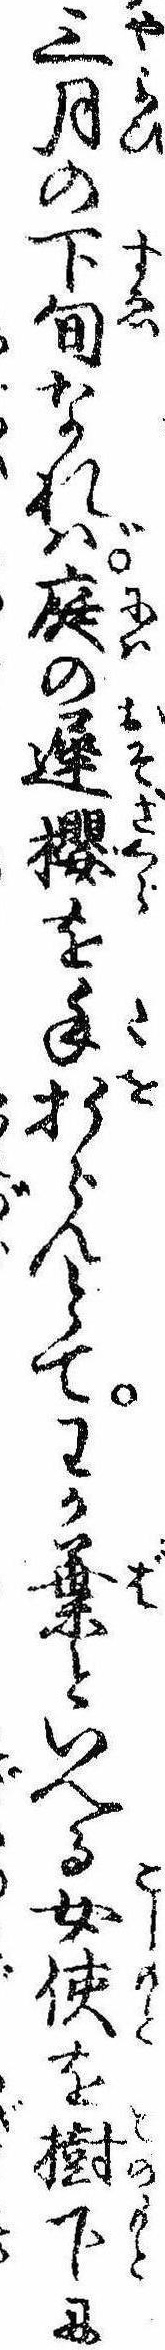
三月の下旬なれば庭の遅桜を手折らんとてわか葉といへる女使を樹下に